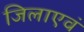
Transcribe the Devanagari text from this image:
जिलाएवं